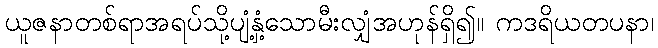
ယူဇနာတစ်ရာအရပ်သို့ပျံ့နှံ့သောမီးလျှံအဟုန်ရှိ၍။ ကဒရိယတပနာ၊